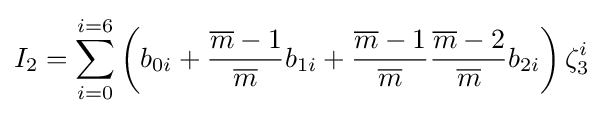
I_{2}=\sum _{i=0}^{i=6}{\left(b_{0i}+{\frac {{\overline {m}}-1}{\overline {m}}}b_{1i}+{\frac {{\overline {m}}-1}{\overline {m}}}{\frac {{\overline {m}}-2}{\overline {m}}}b_{2i}\right)\zeta _{3}^{i}}